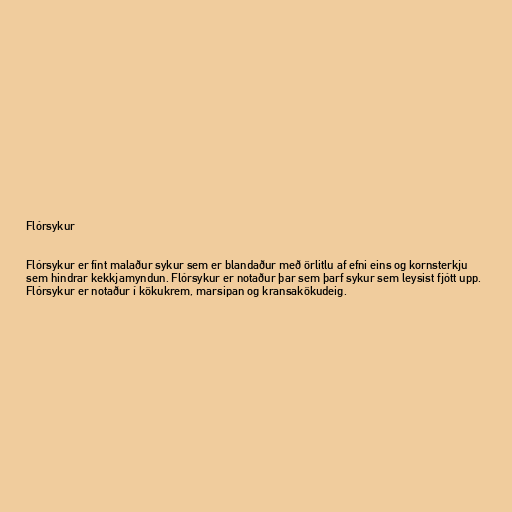
Flórsykur

Flórsykur er fínt malaður sykur sem er blandaður með örlitlu af efni eins og kornsterkju
sem hindrar kekkjamyndun. Flórsykur er notaður þar sem þarf sykur sem leysist fjótt upp.
Flórsykur er notaður í kökukrem, marsipan og kransakökudeig.